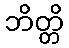
ဘိတ္တိ